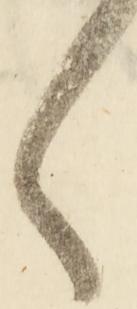
々